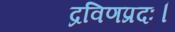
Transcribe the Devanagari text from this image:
द्रविणप्रदः।